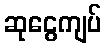
ဆုငွေကျပ်